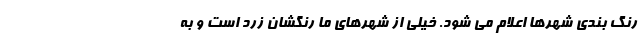
رنگ بندی شهرها اعلام می شود. خیلی از شهرهای ما رنگشان زرد است و به